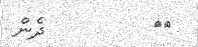
٢٦         ދެން